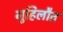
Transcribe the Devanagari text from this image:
गुहिलौत